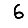
Digit: 6